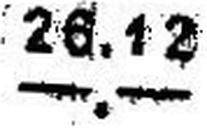
—.—